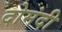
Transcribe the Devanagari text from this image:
दोमंदी